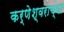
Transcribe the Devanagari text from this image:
कर्णेश्वराच्या